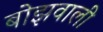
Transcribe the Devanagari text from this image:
बोझवाली